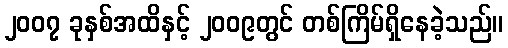
၂၀၀၇ ခုနှစ်အထိနှင့် ၂၀၀၉တွင် တစ်ကြိမ်ရှိနေခဲ့သည်။